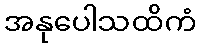
အနုပေါသထိကံ